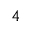
4